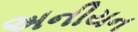
અનીયન